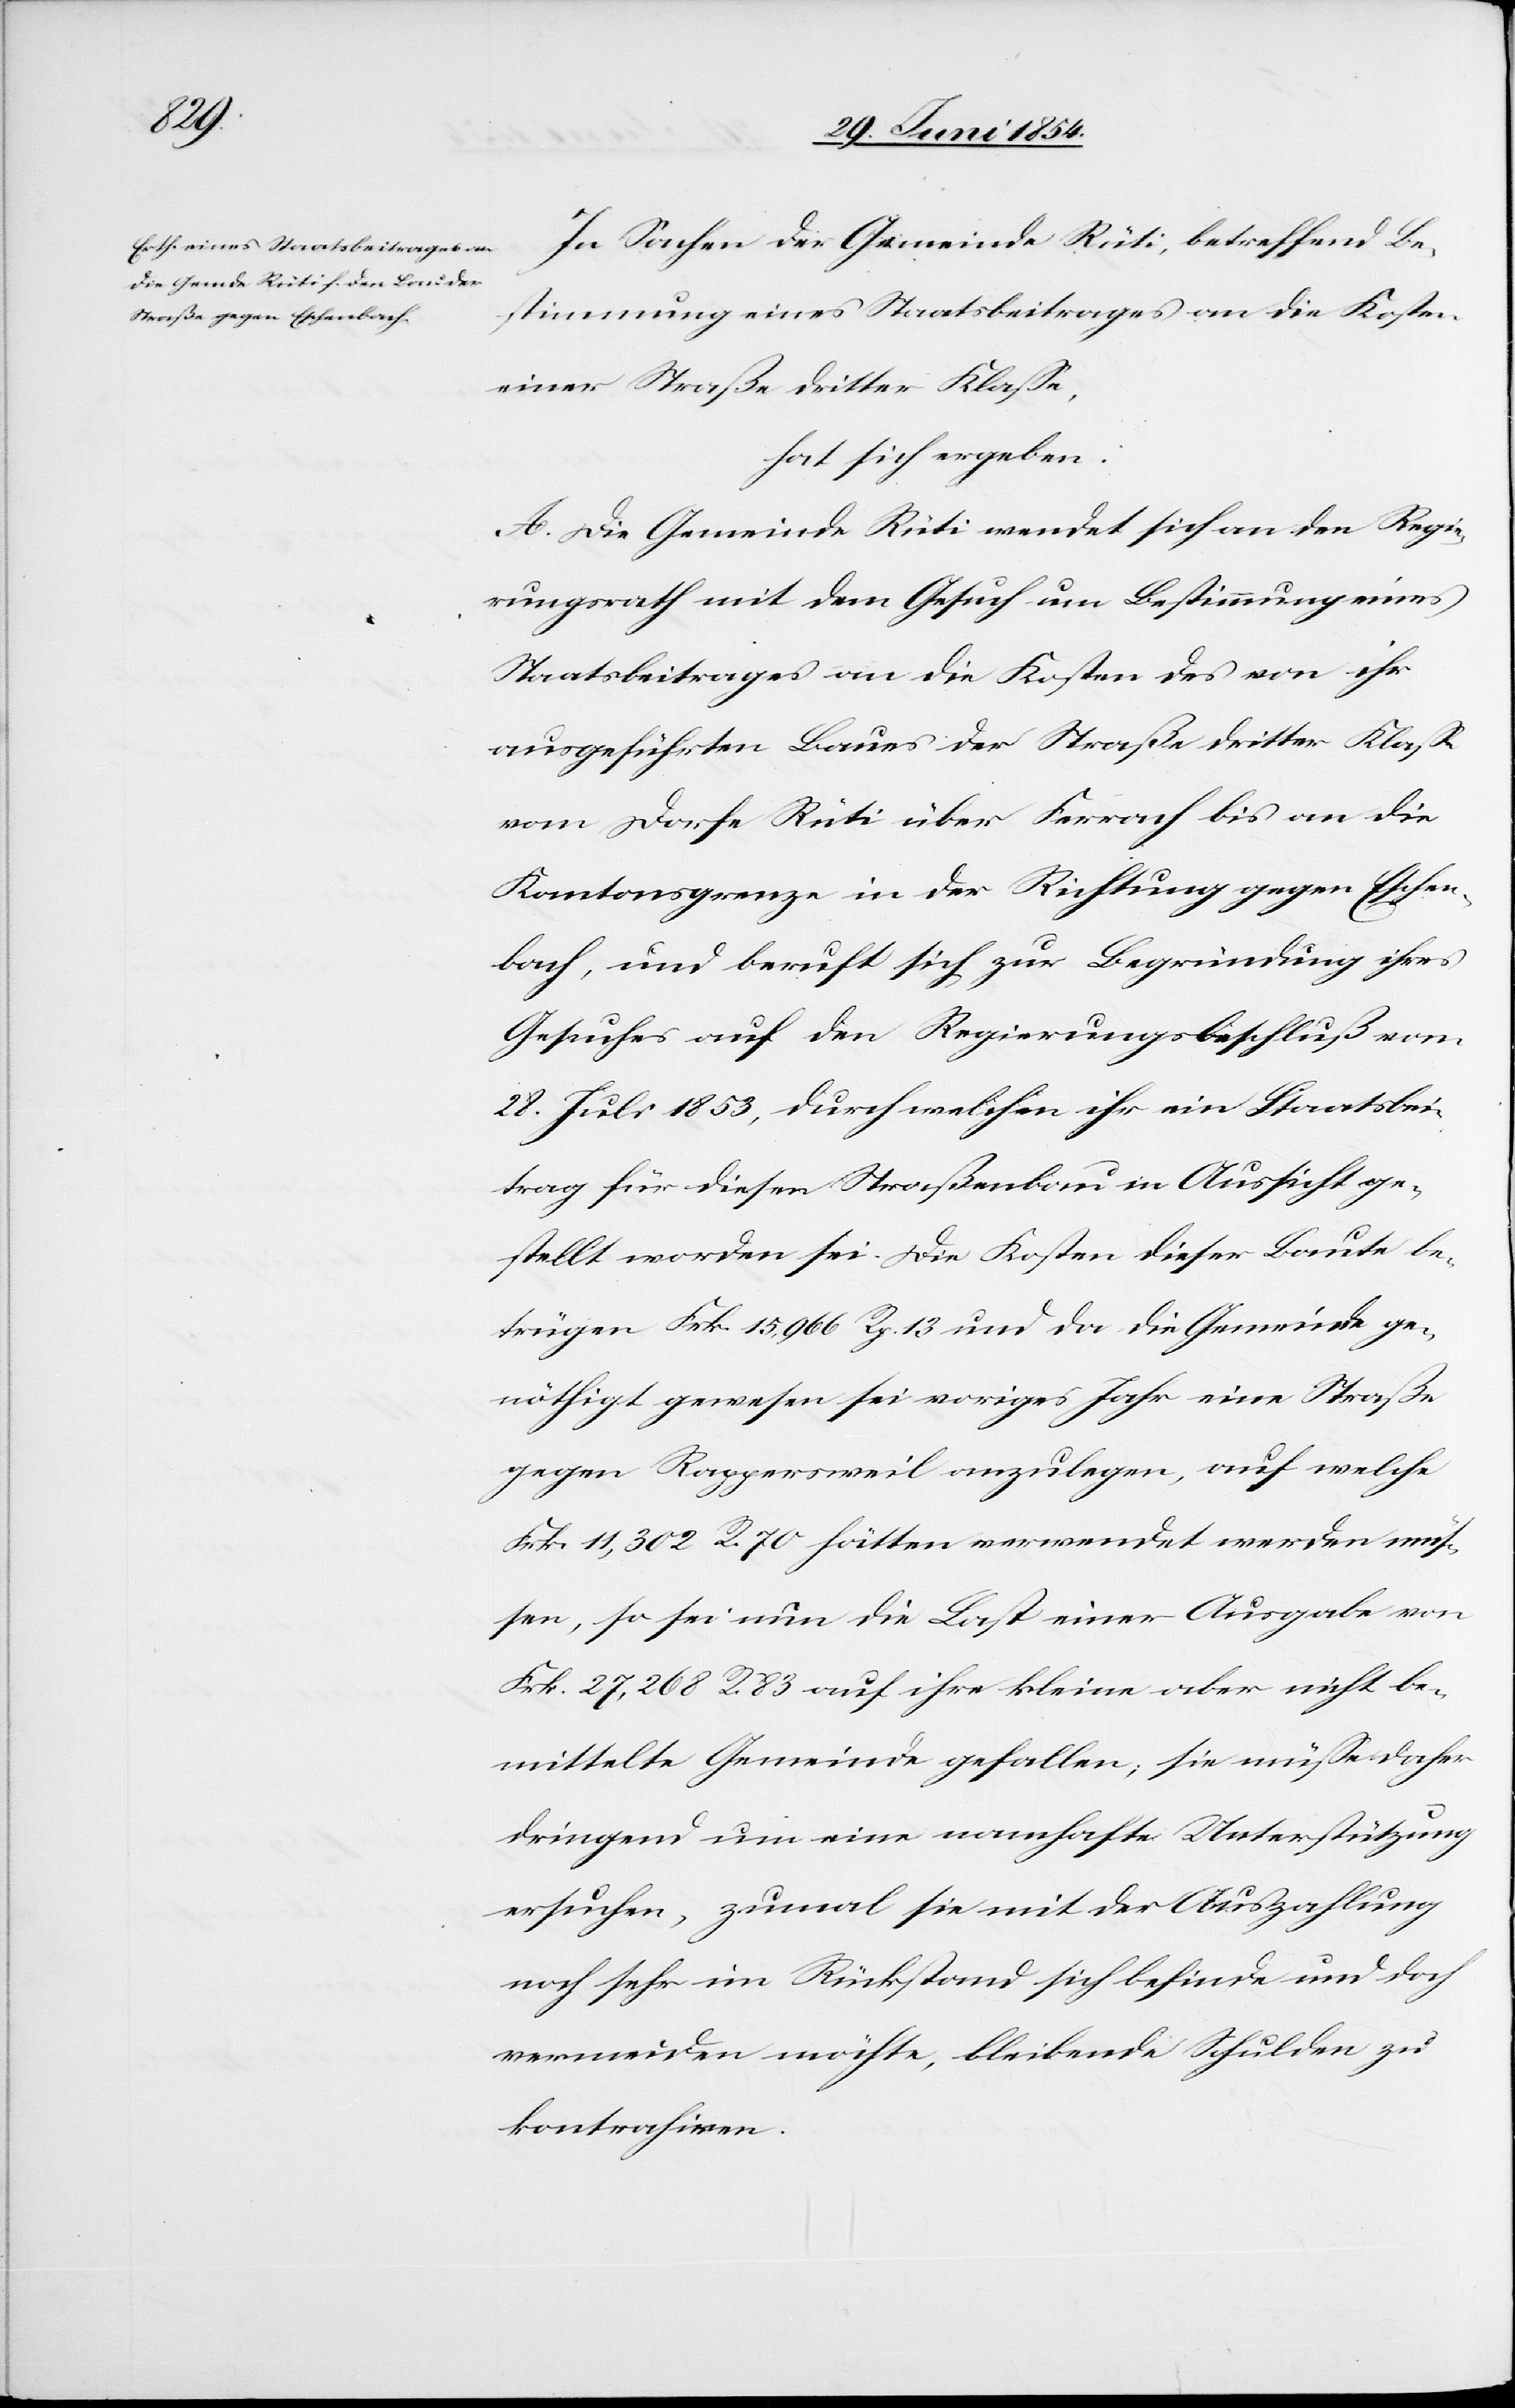
In Sachen der Gemeinde Rüti, betreffend Be¬
stimmung eines Staatsbeitrages an die Kosten
einer Straße dritter Klaße,
hat sich ergeben:
A. Die Gemeinde Rüti wendet sich an den Regie¬
rungsrath mit dem Gesuch um Bestimmung eines
Staatsbeitrages an die Kosten des von ihr
ausgeführten Baue der Straße dritter Klaße
vom Dorfe Rüti über Ferrach bis an die
Kantonsgrenze in der Richtung gegen Eschen¬
bach, und beruft sich zur Begründung ihres
Gesuches auf den Regierungsbeschluß vom
28. Juli 1853, durch welchen ihr ein Staatsbei¬
trag für diesen Straßenbau in Aussicht ge¬
stellt worden sei. Die Kosten dieser Baute be¬
trügen Frk. 15,966 R. 13 und da die Gemeinde ge¬
nöthigt gewesen sei voriges Jahr eine Straße
gegen Rappersweil anzulegen, auf welche
Frk. 11,302 R. 70 hätten verwendet werden mü¬
ßen, so sei nun die Last einer Ausgabe von
Frk. 27,268 R. 83 auf ihre kleine aber nicht be¬
mittelte Gemeinde gefallen; sie müße daher
dringend um eine namhafte Unterstützung
ersuchen, zumal sie mit der Auszahlung
noch sehr im Rückstand sich befinde und doch
vermeiden möchte, bleibende Schulden zu
kontrahiren.